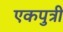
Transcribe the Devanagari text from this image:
एकपुत्री